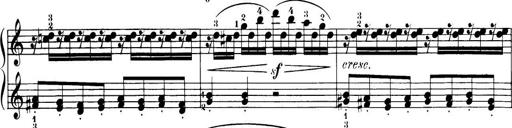
Title: 32 Sonatinas and Rondos for the Piano
Composer: Richard Kleinmichel